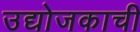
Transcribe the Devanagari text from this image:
उद्योजकाची